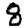
Digit: 8